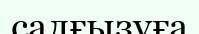
салғызуға